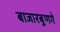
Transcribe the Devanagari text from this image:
बाजारबुणगे